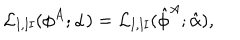
LaTeX: { \cal L } _ { \mathrm { I , I I } } ( \phi ^ { A } ; \alpha ) = { \cal L } _ { \mathrm { I , I I } } ( \hat { \phi } ^ { A } ; \hat { \alpha } ) ,